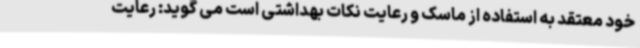
خود معتقد به استفاده از ماسک و رعایت نکات بهداشتی است می گوید: رعایت